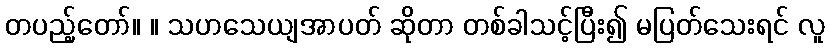
တပည့်တော်။ ။ သဟသေယျအာပတ် ဆိုတာ တစ်ခါသင့်ပြီး၍ မပြတ်သေးရင် လူ